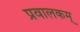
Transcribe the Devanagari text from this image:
प्रवालकम्‌